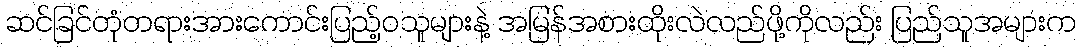
ဆင်ခြင်တုံတရားအားကောင်းပြည့်ဝသူများနဲ့ အမြန်အစားထိုးလဲလည်ဖို့ကိုလည်း ပြည်သူအများက